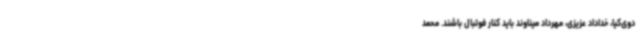
دوی‌کیا، خداداد عزیزی، مهرداد میناوند باید کنار فوتبال باشند. محمد